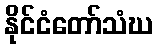
နိုင်ငံတော်သံဃ